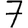
Digit: 7